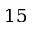
1 5